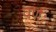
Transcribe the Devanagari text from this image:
वर्णः